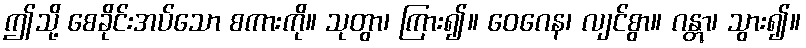
ဤသို့ စေခိုင်းအပ်သော စကားကို။ သုတွာ၊ ကြား၍။ ဝေဂေန၊ လျင်စွာ။ ဂန္တွာ၊ သွား၍။